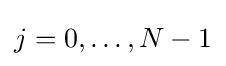
j=0,\ldots ,N-1